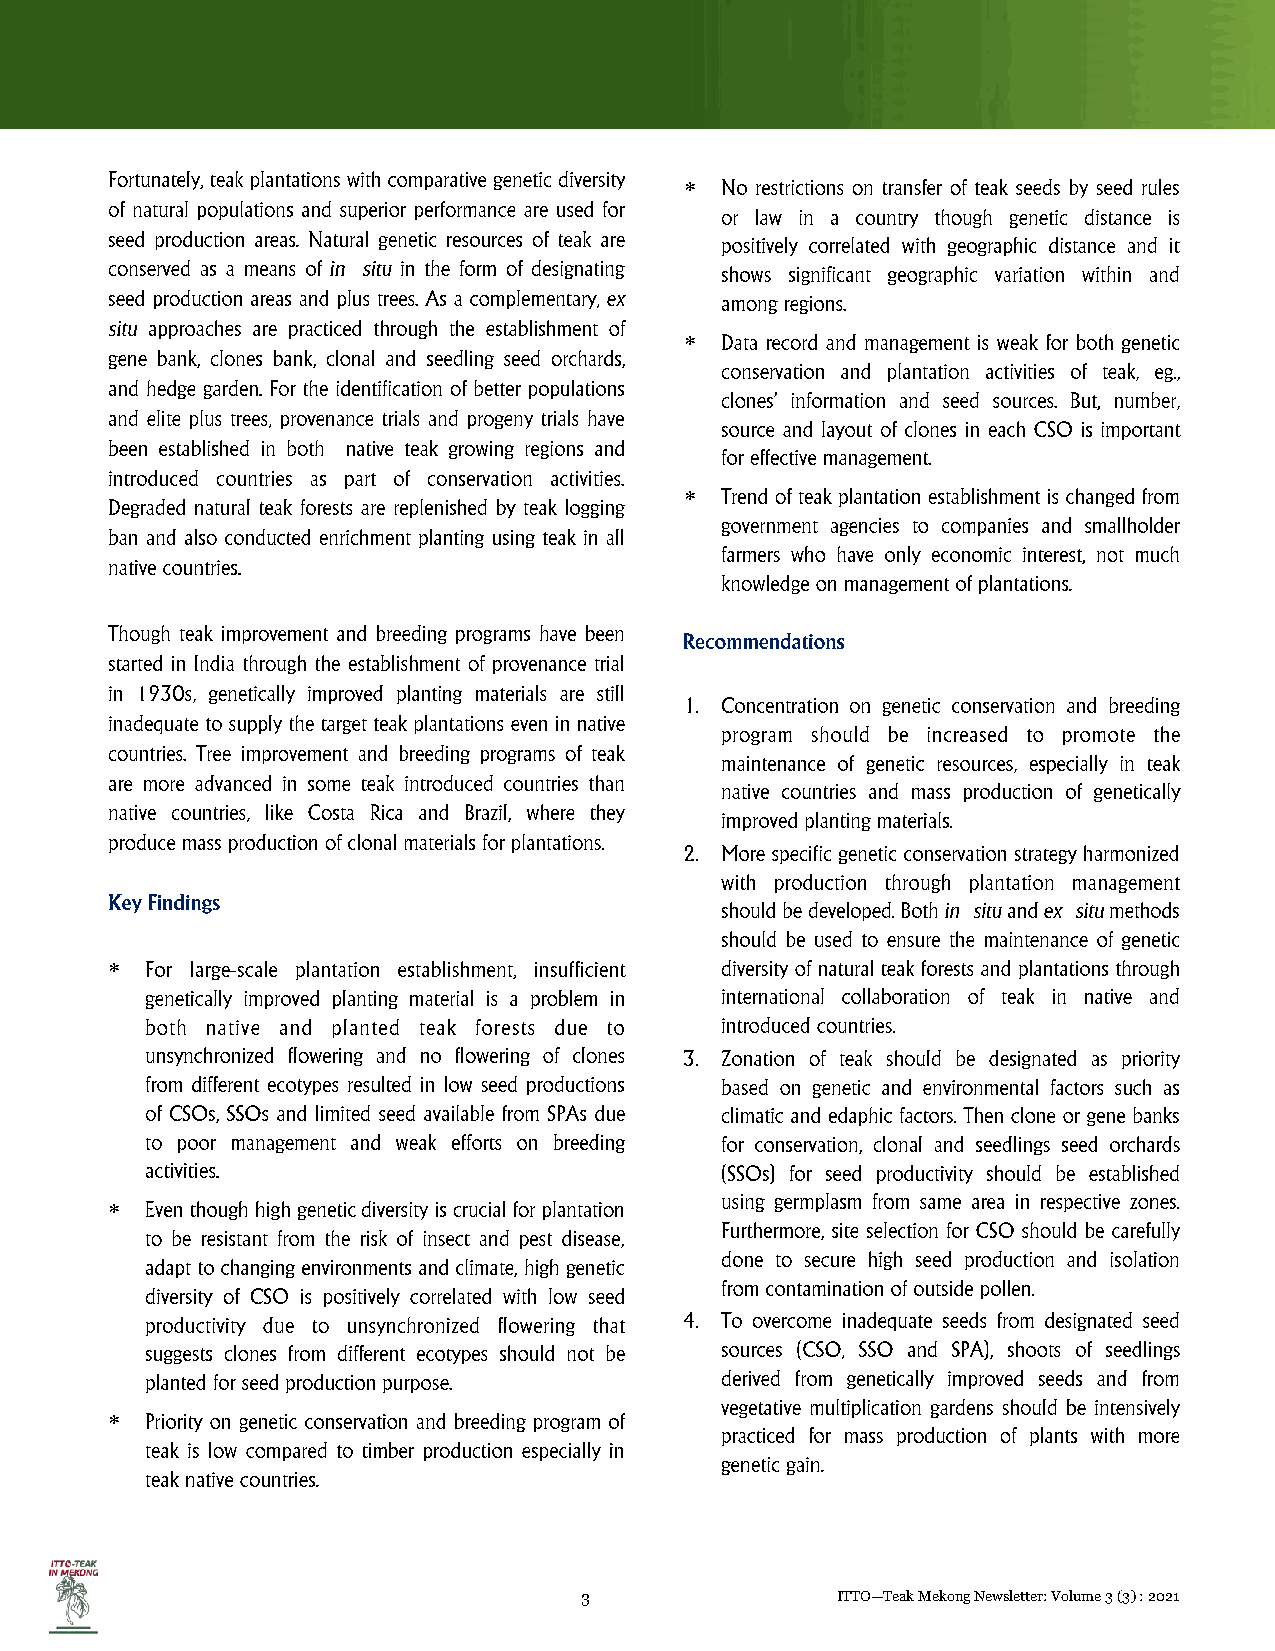

 
 
 
 
 
 3                ITTO—Teak Mekong Newsletter: Volume 3 (3) : 2021